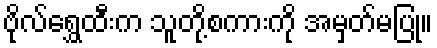
ဗိုလ်ရွှေထီးက သူတို့စကားကို အမှတ်မပြု။